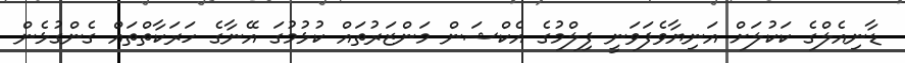
ޑާނިއެލްގެ ކަކުލަށް އަނިޔާވެފަވަނީ ފިލްމުގެ އެކްޝަން މަންޒަރުތައް ކުޅުމުގަ އޭނާގެ ހަރަކާތްތައް ގެންގުޅެން